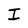
Character: I